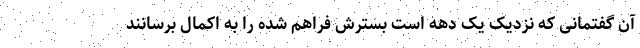
آن گفتمانی که نزدیک یک دهه است بسترش فراهم شده را به اکمال برسانند